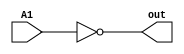
module not_gate(A1,out);

input A1;
output out;
assign out=~A1;

endmodule